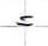
=